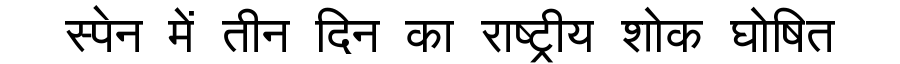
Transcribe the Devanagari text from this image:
स्पेन में तीन दिन का राष्ट्रीय शोक घोषित